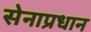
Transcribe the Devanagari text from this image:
सेनाप्रधान